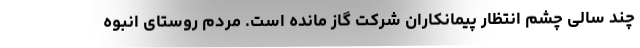
چند سالی چشم انتظار پیمانکاران شرکت گاز مانده است. مردم روستای انبوه